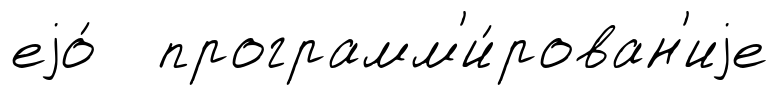
еjо́ программ'и́рован'иjе